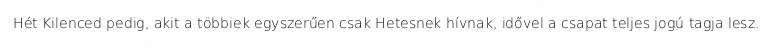
Hét Kilenced pedig, akit a többiek egyszerűen csak Hetesnek hívnak, idővel a csapat teljes jogú tagja lesz.